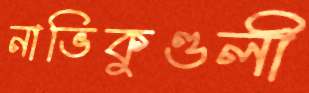
নাভিকুণ্ডলী